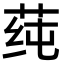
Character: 莼